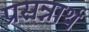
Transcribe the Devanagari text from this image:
प्रसन्नार्थ